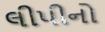
લીપીનો